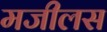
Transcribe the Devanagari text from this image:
मजीलस